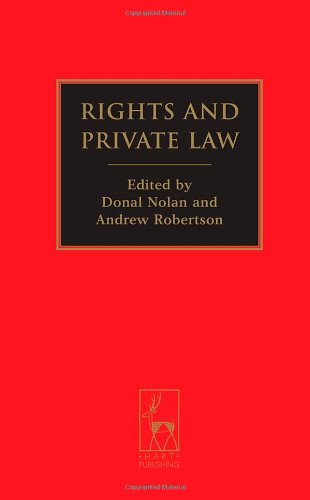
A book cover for Rights and Private Law; Law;